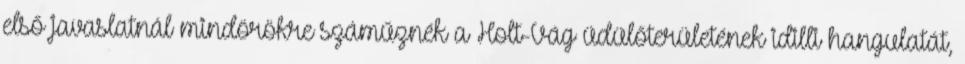
első javaslatnál mindörökre száműznék a Holt-Vág üdülőterületének idilli hangulatát,